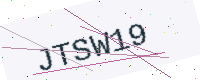
Text: JTSW19